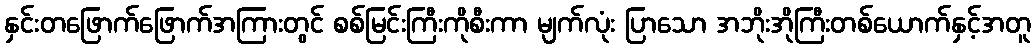
နှင်းတဖြောက်ဖြောက်အကြားတွင် စစ်မြင်းကြီးကိုစီးကာ မျက်လုံး ပြာသော အဘိုးအိုကြီးတစ်ယောက်နှင့်အတူ